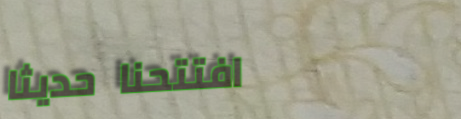
افتتحنا حديثاً